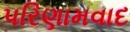
પરિણામવાદ